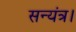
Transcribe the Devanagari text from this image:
सन्यंत्र।